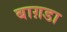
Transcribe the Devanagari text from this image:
बाग़डा